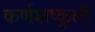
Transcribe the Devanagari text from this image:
कर्णशष्कुली